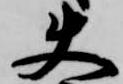
使